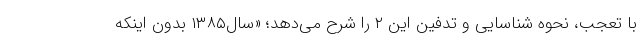
با تعجب، نحوه شناسایی و تدفین این ۲ را شرح می‌دهد؛ «سال۱۳۸۵ بدون اینکه